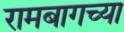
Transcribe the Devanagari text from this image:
रामबागच्या